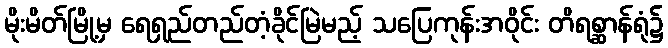
မိုးမိတ်မြို့မှ ရေရှည်တည်တံ့ခိုင်မြဲမည့် သပြေကုန်းအဝိုင်း တိရစ္ဆာန်ရုံ၌